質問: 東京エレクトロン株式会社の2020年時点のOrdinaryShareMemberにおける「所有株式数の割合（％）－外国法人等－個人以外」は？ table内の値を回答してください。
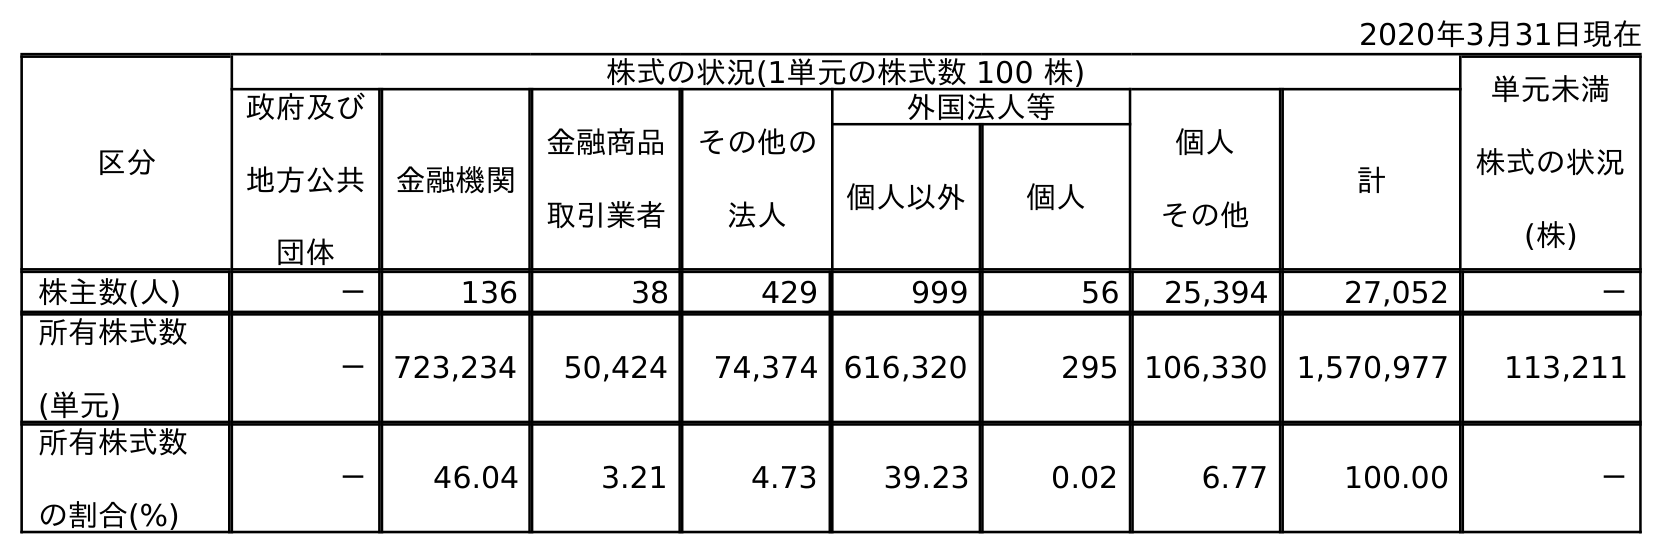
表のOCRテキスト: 2020年3月31日現在 区分 株式の状況(1単元の株式数 100 株) 単元未満 株式の状況 (株) 政府及び 地方公共 団体 金融機関 金融商品 取引業者 その他の 法人 外国法人等 個人 その他 計 個人以外 個人 株主数(人) － 136 38 429 999 56 25,394 27,052 － 所有株式数 (単元) － 723,234 50,424 74,374 616,320 295 106,330 1,570,977 113,211 所有株式数 の割合(%) － 46.04 3.21 4.73 39.23 0.02 6.77 100.00 －
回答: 39.23